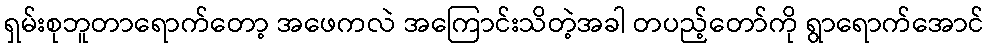
ရှမ်းစုဘူတာရောက်တော့ အဖေကလဲ အကြောင်းသိတဲ့အခါ တပည့်တော်ကို ရွာရောက်အောင်